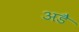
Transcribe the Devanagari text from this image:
अडै